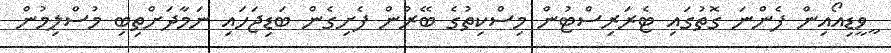
ީވީޑިއޯއިން ފެންނަ ގޮތުގައި ޓެރަރިސްޓުން މިސްކިތުގެ ބޭރުން ފެށިގެން ބަޑިޖަހައި ނަމާދަށްތިބި މުސްލިމުން